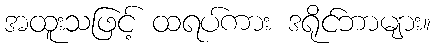
အထူးသဖြင့် ထရပ်ကား ဒရိုင်ဘာများ။